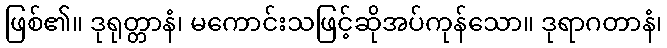
ဖြစ်၏။ ဒုရုတ္တာနံ၊ မကောင်းသဖြင့်ဆိုအပ်ကုန်သော။ ဒုရာဂတာနံ၊